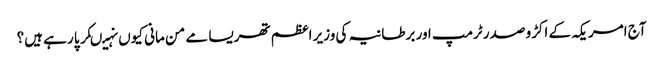
آج امریکہ کے اکڑو صدر ٹرمپ اور برطانیہ کی وزیر اعظم تھریسا مے من مانی کیوں نہیںکر پا رہے ہیں؟